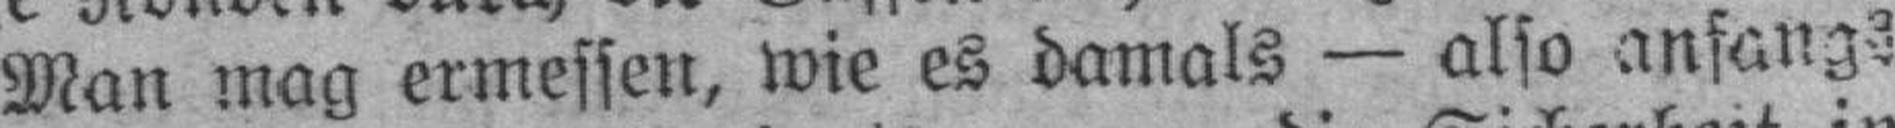
Man mag ermessen, wie es damals — also anfangs